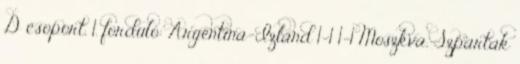
D csoport, 1. forduló: Argentína-Izland 1-1 1-1 Moszkva, Szpartak